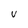
Character: V